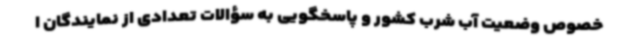
خصوص وضعیت آب شرب کشور و پاسخگویی به سؤالات تعدادی از نمایندگان ا